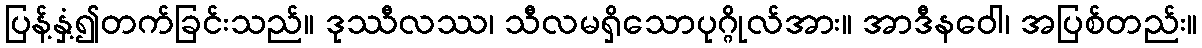
ပြန့်နှံ့၍တက်ခြင်းသည်။ ဒုဿီလဿ၊ သီလမရှိသောပုဂ္ဂိုလ်အား။ အာဒီနဝေါ၊ အပြစ်တည်း။